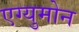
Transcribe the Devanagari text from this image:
एग्युमोन